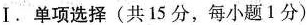
Ⅰ.单项选择(共 15 分,每小题1分)